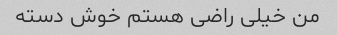
من خیلی راضی هستم خوش دسته